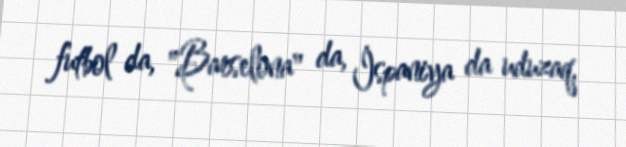
futbol da, "Barselona" da, İspaniya da uduzaq.